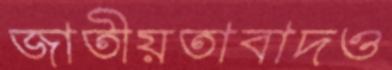
জাতীয়তাবাদও